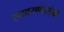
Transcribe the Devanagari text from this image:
स्मवरणोत्सैवों